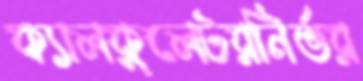
ক্যালকুলেটরনির্ভর